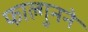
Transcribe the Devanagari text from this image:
फाल्गुनने